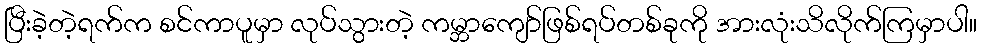
ပြီးခဲ့တဲ့ရက်က စင်ကာပူမှာ လုပ်သွားတဲ့ ကမ္ဘာကျော်ဖြစ်ရပ်တစ်ခုကို အားလုံးသိလိုက်ကြမှာပါ။